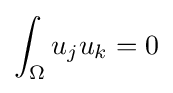
\int _{\Omega }u_{j}u_{k}=0